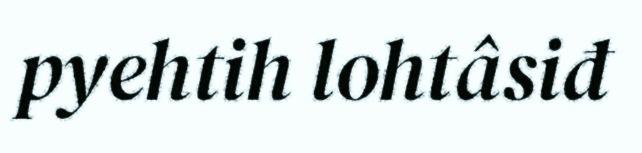
pyehtih lohtâsiđ